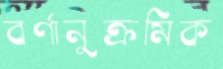
বর্ণানুক্রমিক